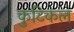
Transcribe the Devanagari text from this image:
कुटिकल